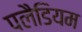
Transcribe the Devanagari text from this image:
पलैडियम